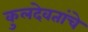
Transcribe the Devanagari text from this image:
कुलदेवतांचे